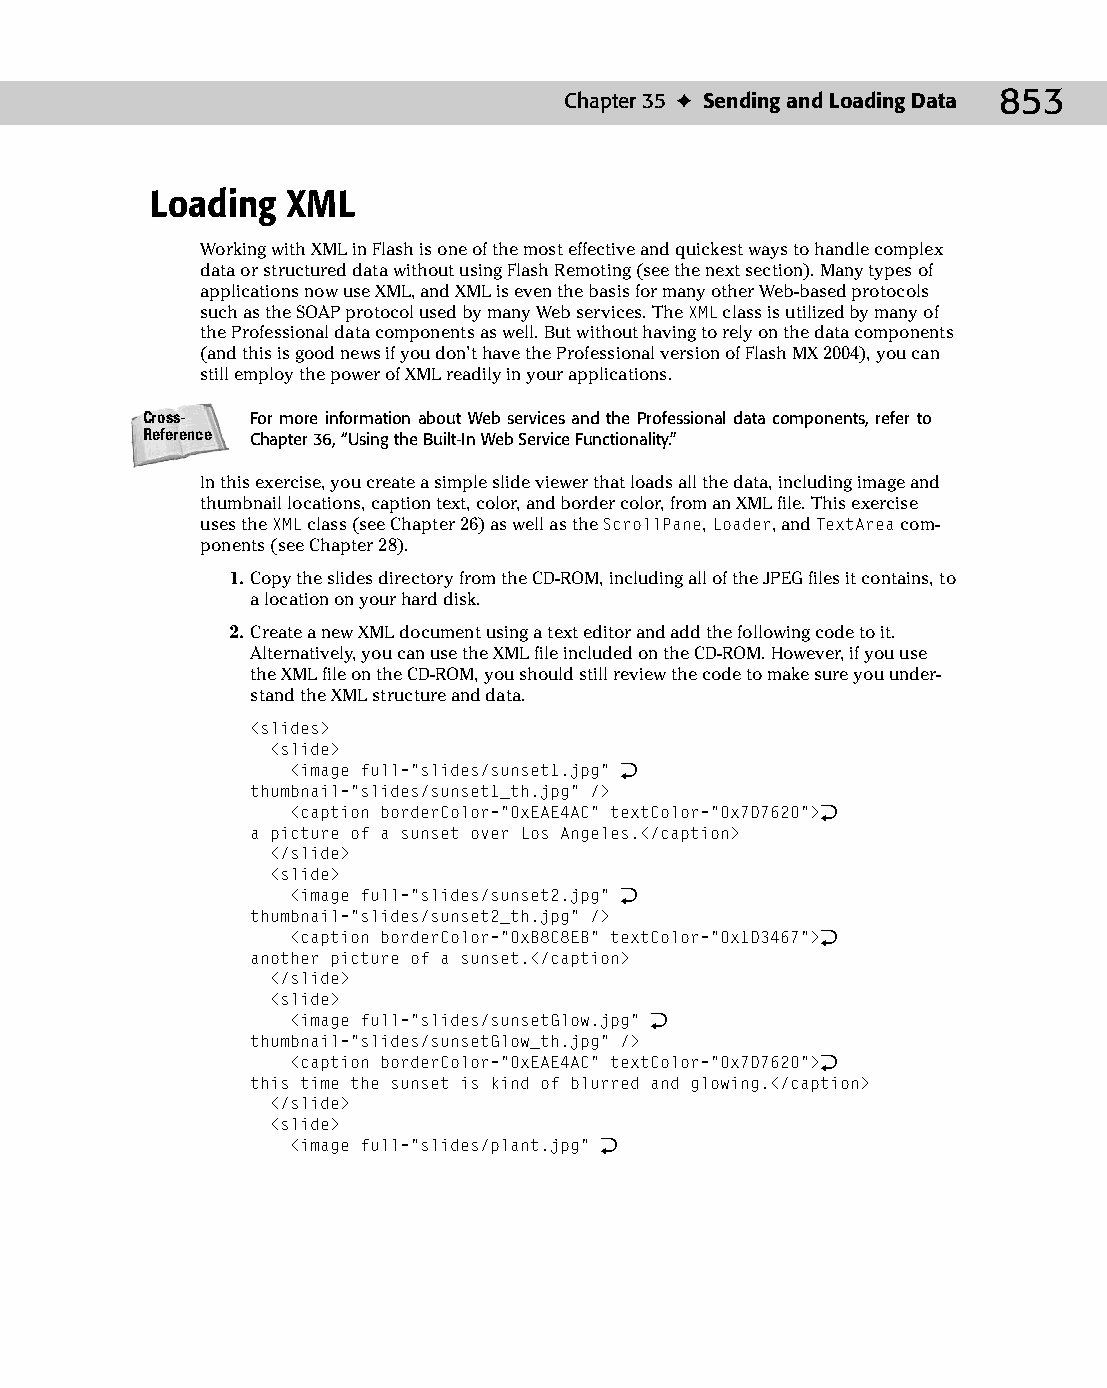
46 543547 ch35.qxd 3/24/04 4:15 PM Page 853
 Chapter 35 ✦ Sending and Loading Data 853
 Loading  XML
 Working with XML in Flash is one of the most effective and quickest ways to handle complex
 data or structured data without using Flash Remoting (see the next section). Many types of
 applications now use XML, and XML is even the basis for many other Web-based protocols
 such as the SOAP protocol used by many Web services. The XML class is utilized by many of
 the Professional data components as well. But without having to rely on the data components
 (and this is good news if you don’t have the Professional version of Flash MX 2004), you can
 still employ the power of XML readily in your applications.
 Cross-  For more information about Web services and the Professional data components, refer to
 Reference Chapter 36, “Using the Built-In Web Service Functionality.”
 In this exercise, you create a simple slide viewer that loads all the data, including image and
 thumbnail locations, caption text, color, and border color, from an XML file. This exercise
 uses the XML class (see Chapter 26) as well as the ScrollPane, Loader, and TextArea com­
 ponents (see Chapter 28).
 1. Copy the slides directory from the CD-ROM, including all of the JPEG files it contains, to
 a location on your hard disk.
 2. Create a new XML document using a text editor and add the following code to it.
 Alternatively, you can use the XML file included on the CD-ROM. However, if you use
 the XML file on the CD-ROM, you should still review the code to make sure you under­
 stand the XML structure and data.
 <slides>
 <slide>
 <image full=”slides/sunset1.jpg” Æ
 thumbnail=”slides/sunset1_th.jpg” />
 <caption borderColor=”0xEAE4AC” textColor=”0x7D7620”>Æ
 a picture of a sunset over Los Angeles.</caption>
 </slide>
 <slide>
 <image full=”slides/sunset2.jpg” Æ
 thumbnail=”slides/sunset2_th.jpg” />
 <caption borderColor=”0xB8C8EB” textColor=”0x1D3467”>Æ
 another picture of a sunset.</caption>
 </slide>
 <slide>
 <image full=”slides/sunsetGlow.jpg” Æ
 thumbnail=”slides/sunsetGlow_th.jpg” />
 <caption borderColor=”0xEAE4AC” textColor=”0x7D7620”>Æ
 this time the sunset is kind of blurred and glowing.</caption>
 </slide>
 <slide>
 <image full=”slides/plant.jpg” Æ